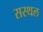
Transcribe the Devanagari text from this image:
सस्थल